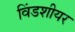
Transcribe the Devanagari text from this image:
विंडशीयर